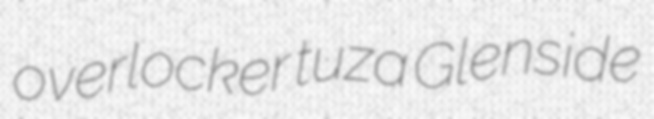
overlocker tuza Glenside